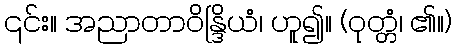
၎င်း။ အညာတာဝိန္ဒြိယံ၊ ဟူ၍။ (ဝုတ္တံ၊ ၏။)